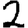
Digit: 2